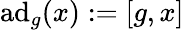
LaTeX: \operatorname{a\mathrm{d}}_{g}(x):=[g,x]